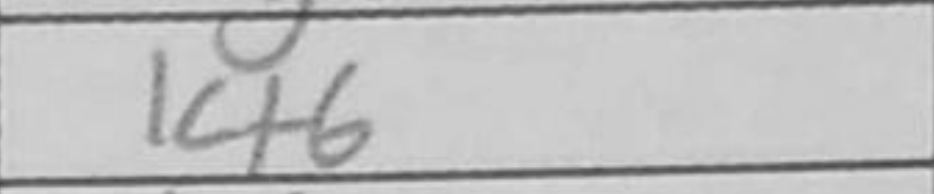
Transcription: Kf6